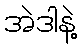
အဲဒါနဲ့